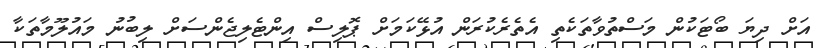
އަށް ދިޔަ ބޯޓަކުން މަސްތުވާތަކެތި އެތެރެކުރަން އުޅޭކަމަށް ޕޮލިސް އިންޓެލިޖެންސަށް ލިބުނު މައުލޫމާތަކާ